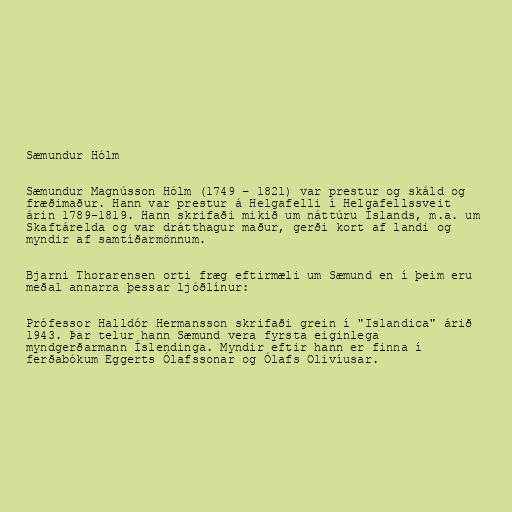
Sæmundur Hólm

Sæmundur Magnússon Hólm (1749 – 1821) var prestur og skáld og
fræðimaður. Hann var prestur á Helgafelli í Helgafellssveit
árin 1789-1819. Hann skrifaði mikið um náttúru Íslands, m.a. um
Skaftárelda og var drátthagur maður, gerði kort af landi og
myndir af samtíðarmönnum.

Bjarni Thorarensen orti fræg eftirmæli um Sæmund en í þeim eru
meðal annarra þessar ljóðlínur:

Prófessor Halldór Hermansson skrifaði grein í "Islandica" árið
1943. Þar telur hann Sæmund vera fyrsta eiginlega
myndgerðarmann Íslendinga. Myndir eftir hann er finna í
ferðabókum Eggerts Ólafssonar og Ólafs Olivíusar.